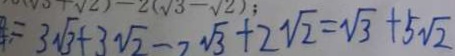
= 3 \sqrt { 3 } + 3 \sqrt { 2 } - 2 \sqrt { 3 } + 2 \sqrt { 2 } = \sqrt { 3 } + 5 \sqrt { 2 }